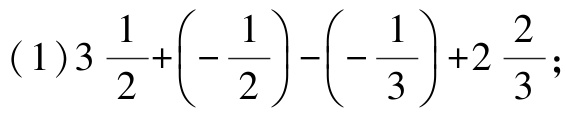
\((1)3\frac{1}{2}+\left(-\frac{1}{2}\right)-\left(-\frac{1}{3}\right)+2\frac{2}{3};\)